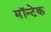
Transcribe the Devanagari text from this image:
मॉन्टेक